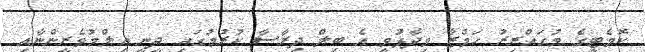
ކޮމެޓީގެ މުގައްރިރު ހަމްޒާ ވިދާޅުވީ އެ ބިލް ދިރާސާ ކުރުމުގައި ދީނީ އިލްމުވެރީންނާއި